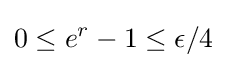
0\leq e^{r}-1\leq \epsilon /4